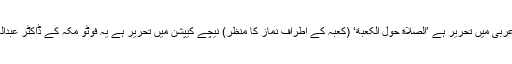
تصویر کے اوپر عربی میں تحریر ہے ’الصلاة حول الکعبة‘ (کعبہ کے اطراف نماز کا منظر) نیچے کیپشن میں تحریر ہے یہ فوٹو مکہ کے ڈاکٹر عبدالغفار کا لیا ہوا ہے۔